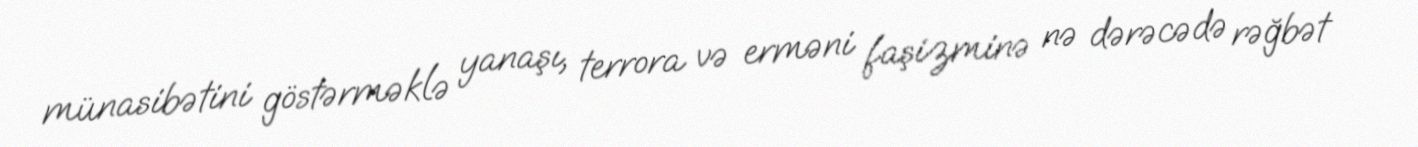
münasibətini göstərməklə yanaşı, terrora və erməni faşizminə nə dərəcədə rəğbət